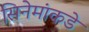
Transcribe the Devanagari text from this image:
सिनेमांकडे